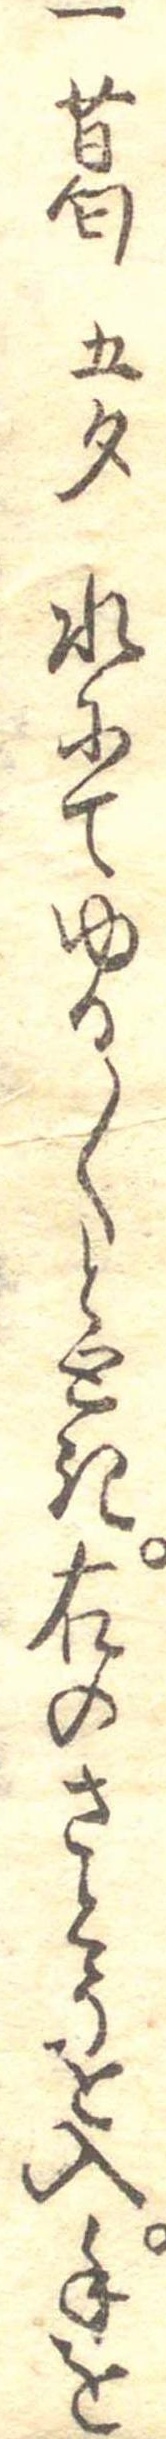
一葛五勺水にてゆる〱ととき右のさとうを入手を